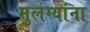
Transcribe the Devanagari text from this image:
मुलग्यांना